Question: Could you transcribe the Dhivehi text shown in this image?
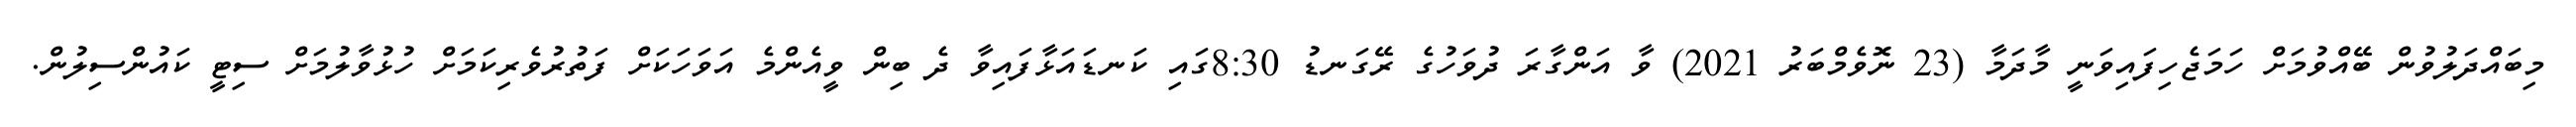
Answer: މިބައްދަލުވުން ބޭއްވުމަށް ހަމަޖެހިފައިވަނީ މާދަމާ (23 ނޮވެމްބަރު 2021) ވާ އަންގާރަ ދުވަހުގެ ރޭގަނޑު 8:30ގައި ކަނޑައަޅާފައިވާ ދެ ބިން ވީއެންމެ އަވަހަކަށް ފަތުރުވެރިކަމަށް ހުޅުވާލުމަށް ސިޓީ ކައުންސިލުން.